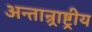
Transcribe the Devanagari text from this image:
अन्तान्र्राष्ट्रीय